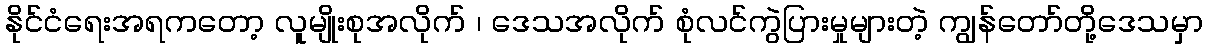
နိုင်ငံရေးအရကတော့ လူမျိုးစုအလိုက် ၊ ဒေသအလိုက် စုံလင်ကွဲပြားမှုများတဲ့ ကျွန်တော်တို့ဒေသမှာ